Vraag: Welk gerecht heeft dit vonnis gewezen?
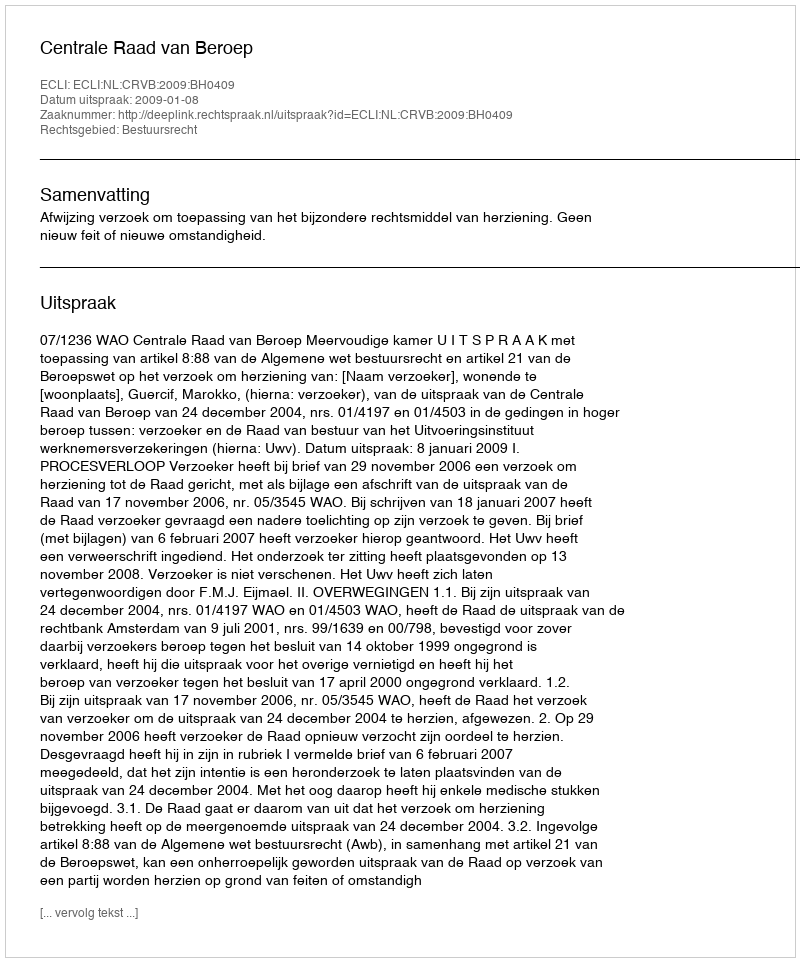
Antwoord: Centrale Raad van Beroep